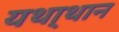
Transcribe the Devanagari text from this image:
यथा्थान